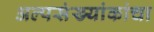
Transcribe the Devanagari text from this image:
अल्पसंख्यांकांचा